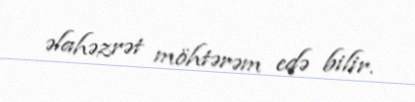
əlahəzrət möhtərəm edə bilir.